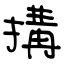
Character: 搆